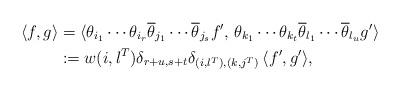
LaTeX: \begin{align*}\langle f , g \rangle &= \langle \theta_{i_1} \cdots \theta_{i_r} \overline{\theta}_{j_1} \cdots \overline{\theta}_{j_s} f^\prime, \, \theta_{k_1} \cdots \theta_{k_t} \overline{\theta}_{l_1} \cdots \overline{\theta}_{l_u} g^\prime \rangle \\&:= w(i,l^T) \delta_{r+u, s+t} \delta_{ (i,l^T), (k,j^T) } \, \langle f^\prime , g^\prime \rangle,\end{align*}